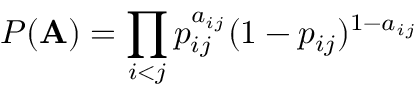
P ( \mathbf { A } ) = \prod _ { i < j } p _ { i j } ^ { a _ { i j } } ( 1 - p _ { i j } ) ^ { 1 - a _ { i j } }